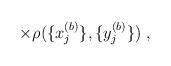
LaTeX: \begin{align*}\times \rho ( \{x^{(b)}_j \}, \{y^{(b)}_j \} ) \; ,\end{align*}